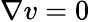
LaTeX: {\mathbf\nabla v}=0